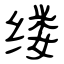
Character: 缕